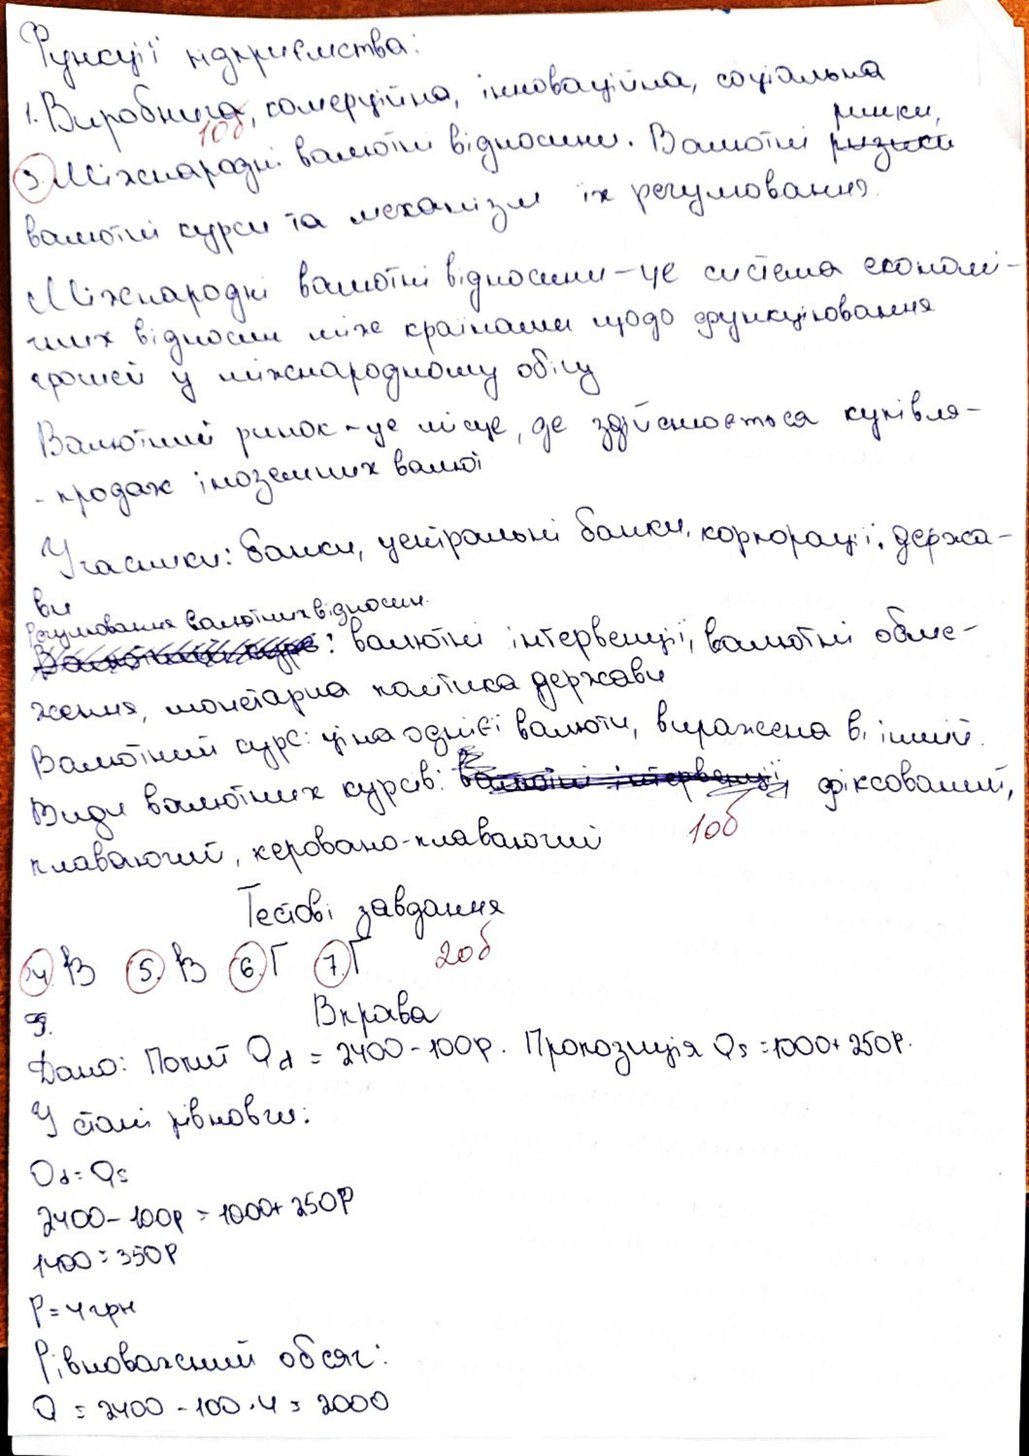
Функції підприємства:
1. Виробнича, комерційна, інноваційна, соціальна
3. Міжнародні валютні відносини. Валютні ~~ризики~~{ринки,}
10 б.
валютні курси та механізм їх регулювання.
Міжнародні валютні відносини - це система економі-
чних відносин між країнами щодо функціонування
грошей у міжнародному обігу
Валютний ринок - це місце, де здійснюється купівля-
- продаж іноземних валют
Учасники: банки, центральні банки, корпорації, держа-
ви
~~Валютний курс~~{Регулювання валютних відносин}: валютні інтервенції, валютні обме-
ження, монетарна політика держави
Валютний курс: ціна однієї валюти, виражена в іншій
Види валютних курсів: ~~валютні інтервенції~~ фіксований,
10б
плаваючий, керовано-плаваючий
Тестові завдання
20 б
4. B 5. B 6. Г. 7. Г
Вправа
9.
Дано: Попит Qd = 2400 - 100p. Пропозиція Qs = 1000 + 250p.
У стані рівновги:
Qd = Qs
2400-100p = 1000+ 250p
1400 = 350 P
P = 4 грн
Рівноважний обсяг:
Q = 2400 - 100 ‧ 4 = 2000